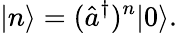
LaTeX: |n\rangle=({\hat{a}}^{\dagger})^{n}|0\rangle.